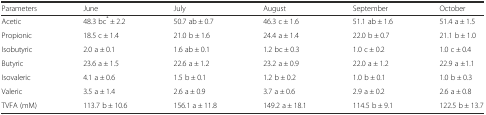
<table><thead><tr><td><b>Parameters</b></td><td><b>June</b></td><td><b>July</b></td><td><b>August</b></td><td><b>September</b></td><td><b>October</b></td></tr></thead><tbody><tr><td>Acetic</td><td>48.3 bc<sup>*</sup> ± 2.2</td><td>50.7 ab ± 0.7</td><td>46.3 c ± 1.6</td><td>51.1 ab ± 1.6</td><td>51.4 a ± 1.5</td></tr><tr><td>Propionic</td><td>18.5 c ± 1.4</td><td>21.0 b ± 1.6</td><td>24.4 a ± 1.4</td><td>22.0 b ± 0.7</td><td>21.1 b ± 1.0</td></tr><tr><td>Isobutyric</td><td>2.0 a ± 0.1</td><td>1.6 ab ± 0.1</td><td>1.2 bc ± 0.3</td><td>1.0 c ± 0.2</td><td>1.0 c ± 0.4</td></tr><tr><td>Butyric</td><td>23.6 a ± 1.5</td><td>22.6 a ± 1.2</td><td>23.2 a ± 0.9</td><td>22.0 a ± 1.2</td><td>22.9 a ±1.1</td></tr><tr><td>Isovaleric</td><td>4.1 a ± 0.6</td><td>1.5 b ± 0.1</td><td>1.2 b ± 0.2</td><td>1.0 b ± 0.1</td><td>1.0 b ± 0.3</td></tr><tr><td>Valeric</td><td>3.5 a ± 1.4</td><td>2.6 a ± 0.9</td><td>3.7 a ± 0.6</td><td>2.9 a ± 0.2</td><td>2.6 a ± 0.8</td></tr><tr><td>TVFA (mM)</td><td>113.7 b ± 10.6</td><td>156.1 a ± 11.8</td><td>149.2 a ± 18.1</td><td>114.5 b ± 9.1</td><td>122.5 b ± 13.7</td></tr></tbody></table>